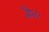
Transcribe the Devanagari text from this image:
द्वैत।